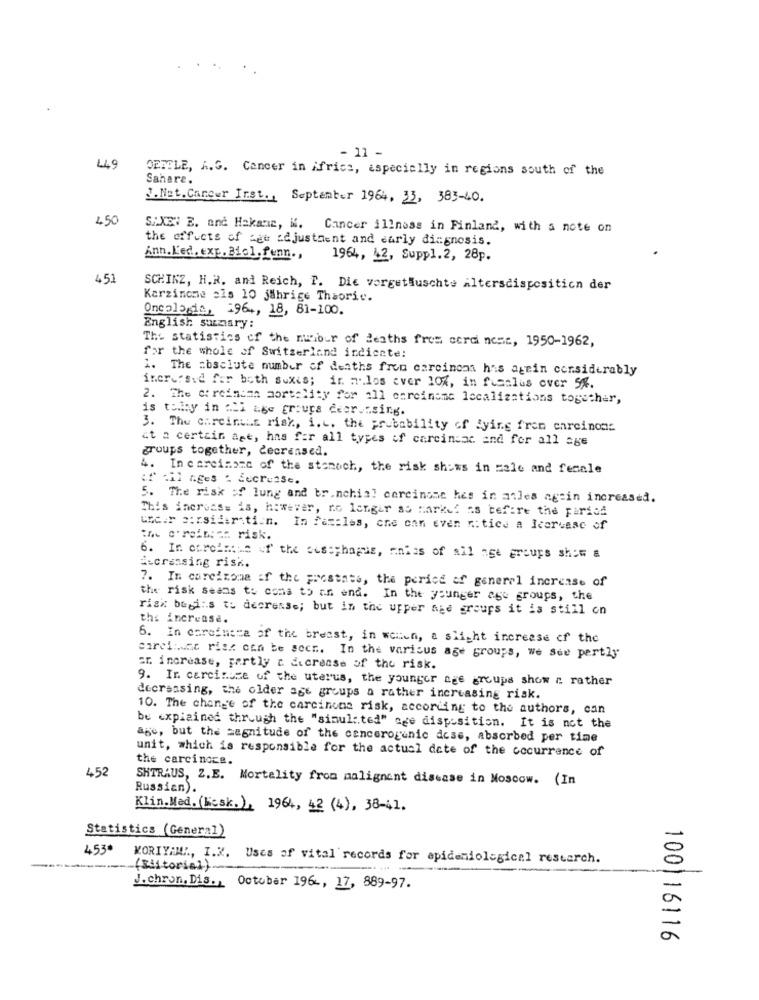
- 11 -
449
DEDELE, A.G. Cancer in Africa, especially in regions south of the
Sahare.
1. Net. Cancer Inst ., September 1964, 33, 383-40.
450
SAXEN E. and Hakane, K. Cancer illness in Finland, with a note on
the effects of age adjustment and early diagnosis.
Ann. K'ed. exp. Biol. funn .,
1964, 42, Suppl.2, 28p.
45.
SCHINZ, H.R. and Reich, P. Die vergethuschte altersdisposition der
Karzinome els 10 jährige Theorie.
Oncologia, 296 ., 18, 81-100.
English summary:
The statistics of the number of deaths fres cerei nest, 1950-1962,
for the whole of Switzerland indicate!
1. The absolute number of deaths fron carcinoma has agein considerably
increased far both suis; in alos ever 10%, in fusalus over 5%.
2. The ct reindan aortality for all onreiname localizations together,
is tally in :21 age groups deer.csing.
3. The carcintas risk, i.c. the probability of lying from carcinoma
ct a certain age, has for all types of carcinsac and for all age
groups together, decreased.
4. In careiname of the stomach, the risk shows in male and female
:il nges : Secruise.
The risk of lung and br.nchial carcinome hes in atles agein increased.
This increas= is, however, no longer so marked as before the partof
LEc.r a:rsidertien. In Pat:les, one can even notice a Icervese of
the c'rein:se risk.
6. In carolina of the cus:chagas, miss of all age groups shim a
i-cressing risk.
7. In carcinoma if the prostate, the period of generel increase of
the risk seans to cons to an end. In the younger age groups, the
risk begins to decrease; but in the upper nie groups it is still on
the increase.
6. In coreinesa of the breast, in weiten, a slight increase of the
eirei :. mc risz can be secr. In the various age groups, We See partly
ar. increase, partly c. dicrease of the risk.
9. In carcinuse of the uterus, the younger age groups show a rather
decreasing, the older age groups a rather increasing risk.
10. The change of the carcinoma risk, according to the authors, can
be explained through the "simulated" nge disposition. It is not the
age, but the Magnitude of the cancerogenic dose, absorbed per time
unit, which is responsible for the actual dete of the cocurrence of
the carcinoce.
452
SHTRAUS, Z.E. Mortality from malignent disease in Moscow. (In
Russian).
Klin.Med.(Mcsk.), 1964, 42 (4), 38-41.
Statistics (General)
453*
KORIYAMA, I.K. Uses of vital records for epidemiological research.
-(Siitorial)
J.chron. Dis ., October 196 ., 17, 889-97.
1001 16116